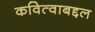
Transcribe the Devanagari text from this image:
कवित्वाबद्दल